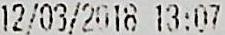
12/03/2018 13:07